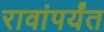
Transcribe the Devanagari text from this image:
रावांपर्यंत